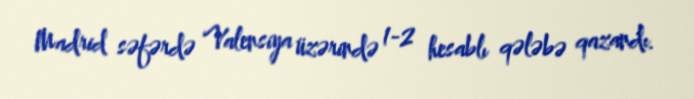
Madrid səfərdə Valensiya üzərində 1-2 hesablı qələbə qazandı.